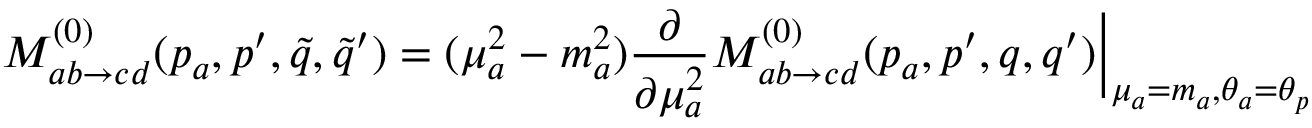
M _ { a b \to c d } ^ { ( 0 ) } ( p _ { a } , p ^ { \prime } , \tilde { q } , \tilde { q } ^ { \prime } ) = ( \mu _ { a } ^ { 2 } - m _ { a } ^ { 2 } ) \frac { \partial } { \partial \mu _ { a } ^ { 2 } } M _ { a b \to c d } ^ { ( 0 ) } ( p _ { a } , p ^ { \prime } , q , q ^ { \prime } ) \Bigr | _ { \mu _ { a } = m _ { a } , \theta _ { a } = \theta _ { p } }